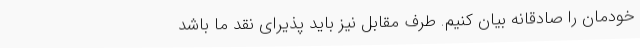
خودمان را صادقانه بیان کنیم. طرف مقابل نیز باید پذیرای نقد ما باشد